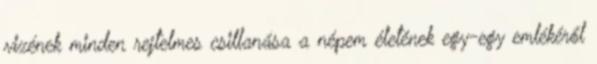
vizének minden rejtelmes csillanása a népem életének egy-egy emlékéről